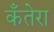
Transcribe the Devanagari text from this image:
कँतेरा